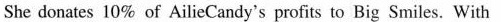
She donates 10% of AilieCandy's profits to Big Smiles. With